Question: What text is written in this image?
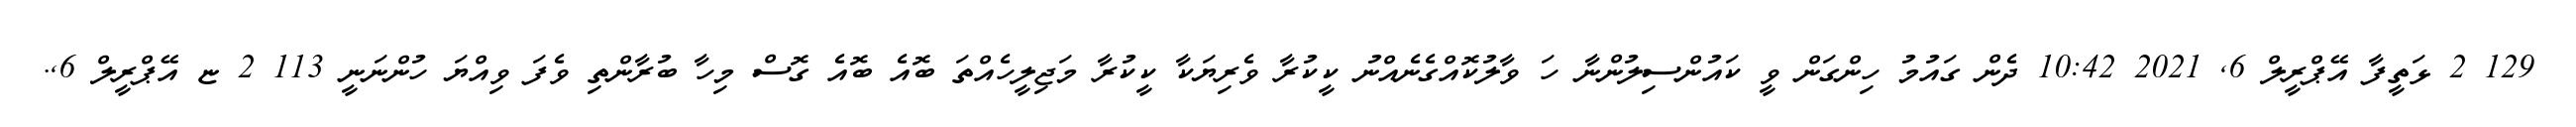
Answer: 129 2 ޅަތީފާ އޭޕްރީލް 6, 2021 10:42 ދެން ގައުމު ހިންގަން ވީ ކައުންސިލުންނާ ހަ ވާލުކޮއްގެނެއްނު ކީކުރާ ވެރިޔަކާ ކީކުރާ މަޖިލީހެއްތަ ބޮއެ ބޮއެ ގޮސް މިހާ ބުރާންތި ވެފަ ވިއްޔަ ހުންނަނީ 113 2 ޏ އޭޕްރީލް 6,.